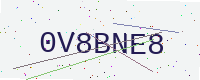
Text: 0V8BNE8